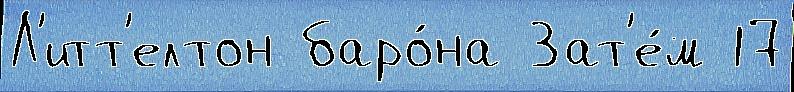
Л'итт'елтон баро́на Зат'е́м 17